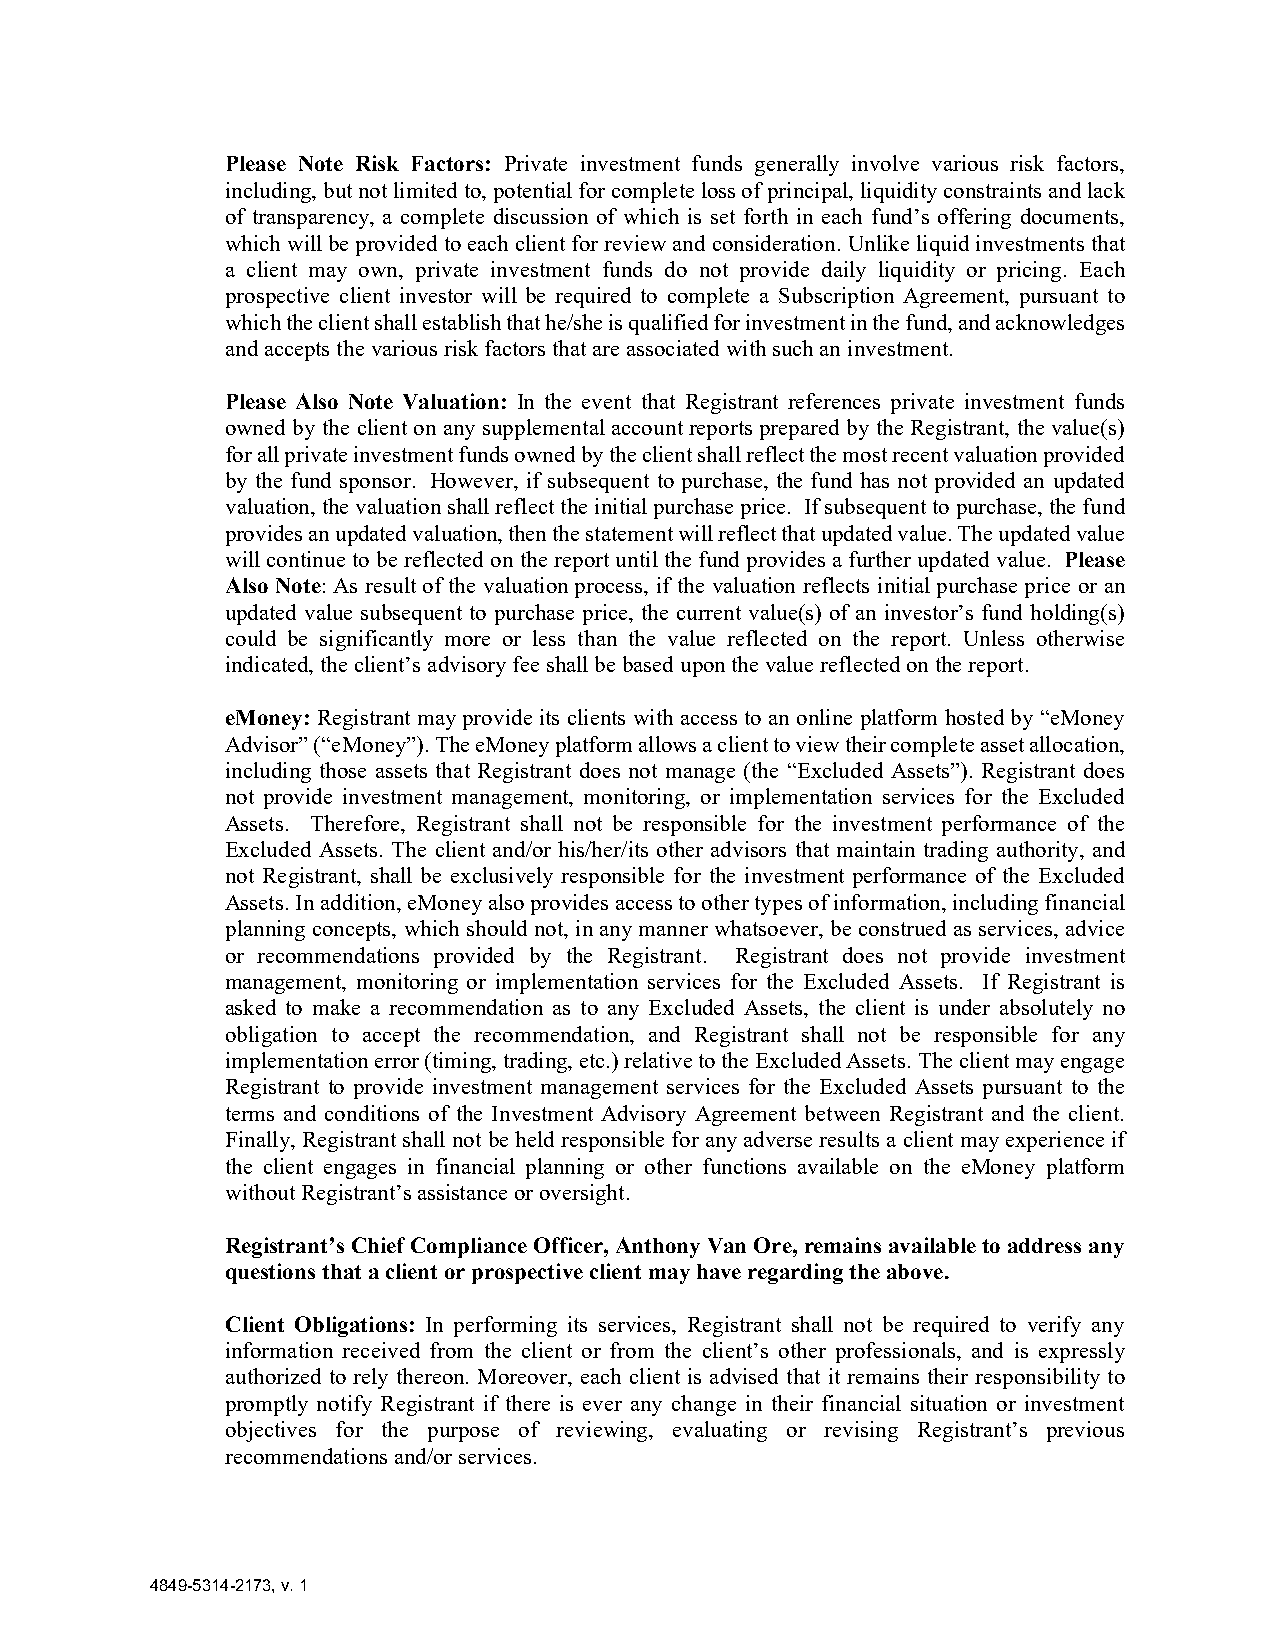
Please Note Risk Factors: Private investment funds generally involve various risk factors,
 including, but not limited to, potential for complete loss of principal, liquidity constraints and lack
 of transparency, a complete discussion of which is set forth in each fund’s offering documents,
 which will be provided to each client for review and consideration. Unlike liquid investments that
 a client may own, private investment funds do not provide daily liquidity or pricing. Each
 prospective client investor will be required to complete a Subscription Agreement, pursuant to
 which the client shall establish that he/she is qualified for investment in the fund, and acknowledges
 and accepts the various risk factors that are associated with such an investment.
 Please Also Note Valuation: In the event that Registrant references private investment funds
 owned by the client on any supplemental account reports prepared by the Registrant, the value(s)
 for all private investment funds owned by the client shall reflect the most recent valuation provided
 by the fund sponsor. However, if subsequent to purchase, the fund has not provided an updated
 valuation, the valuation shall reflect the initial purchase price. If subsequent to purchase, the fund
 provides an updated valuation, then the statement will reflect that updated value. The updated value
 will continue to be reflected on the report until the fund provides a further updated value. Please
 Also Note: As result of the valuation process, if the valuation reflects initial purchase price or an
 updated value subsequent to purchase price, the current value(s) of an investor’s fund holding(s)
 could be significantly more or less than the value reflected on the report. Unless otherwise
 indicated, the client’s advisory fee shall be based upon the value reflected on the report.
 eMoney: Registrant may provide its clients with access to an online platform hosted by “eMoney
 Advisor” (“eMoney”). The eMoney platform allows a client to view their complete asset allocation,
 including those assets that Registrant does not manage (the “Excluded Assets”). Registrant does
 not provide investment management, monitoring, or implementation services for the Excluded
 Assets. Therefore, Registrant shall not be responsible for the investment performance of the
 Excluded Assets. The client and/or his/her/its other advisors that maintain trading authority, and
 not Registrant, shall be exclusively responsible for the investment performance of the Excluded
 Assets. In addition, eMoney also provides access to other types of information, including financial
 planning concepts, which should not, in any manner whatsoever, be construed as services, advice
 or recommendations provided by the Registrant. Registrant does not provide investment
 management, monitoring or implementation services for the Excluded Assets. If Registrant is
 asked to make a recommendation as to any Excluded Assets, the client is under absolutely no
 obligation to accept the recommendation, and Registrant shall not be responsible for any
 implementation error (timing, trading, etc.) relative to the Excluded Assets. The client may engage
 Registrant to provide investment management services for the Excluded Assets pursuant to the
 terms and conditions of the Investment Advisory Agreement between Registrant and the client.
 Finally, Registrant shall not be held responsible for any adverse results a client may experience if
 the client engages in financial planning or other functions available on the eMoney platform
 without Registrant’s assistance or oversight.
 Registrant’s Chief Compliance Officer, Anthony Van Ore, remains available to address any
 questions that a client or prospective client may have regarding the above.
 Client Obligations: In performing its services, Registrant shall not be required to verify any
 information received from the client or from the client’s other professionals, and is expressly
 authorized to rely thereon. Moreover, each client is advised that it remains their responsibility to
 promptly notify Registrant if there is ever any change in their financial situation or investment
 objectives for the purpose of reviewing, evaluating or revising Registrant’s previous
 recommendations and/or services.
 4849-5314-2173, v. 1